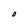
Character: O